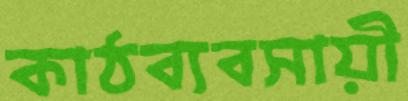
কাঠব্যবসায়ী